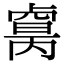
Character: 𠨈